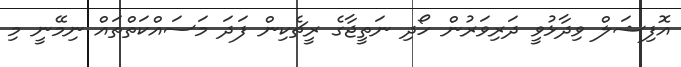
އޮފިޝަލް ވިދާޅުވީ ދަރިވަރުން ހޯދި ނަތީޖާގެ ރީޗެކިން ފަދަ މަސައްކަތްތައް ނިމޭނީ މި